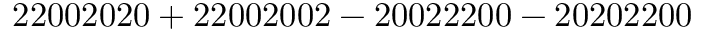
\mathrm { 2 2 0 0 2 0 2 0 + 2 2 0 0 2 0 0 2 - 2 0 0 2 2 2 0 0 - 2 0 2 0 2 2 0 0 }